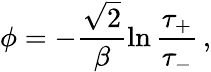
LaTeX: \phi=-\frac{\sqrt{2}}{\beta}\ln\frac{\tau_{+}}{\tau_{-}}\, ,